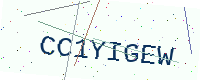
Text: CC1YIGEW